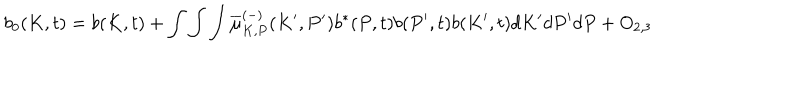
b _ { 0 } ( K , t ) = b ( K , t ) + \int \int \int \overline { { { \mu } } } _ { K , P } ^ { ( - ) } ( K ^ { \prime } , P ^ { \prime } ) b ^ { \ast } ( P , t ) b ( P ^ { \prime } , t ) b ( K ^ { \prime } , t ) d K ^ { \prime } d P ^ { \prime } d P + O _ { 2 , 3 }